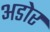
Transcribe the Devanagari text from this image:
अडोर